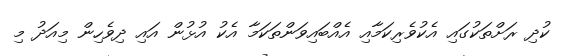
ކުދި ރަށްތަކުގައި އެކުވެރިކަމާއި އެއްބައިވަންތަކަމާ އެކު އުޅުން އައި ދިވެހިން މިއަދު މި